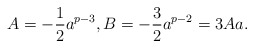
\begin{align*}A=-\frac{1}{2}a^{p-3}, B=-\frac{3}{2}a^{p-2}=3Aa.\end{align*}